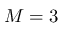
M = 3